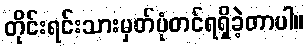
တိုင်းရင်းသားမှတ်ပုံတင်ရရှိခဲ့တာပါ။